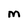
Character: M